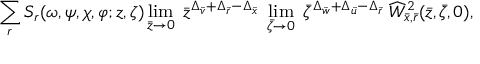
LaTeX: \sum _ { r } S _ { r } ( \omega , \psi , \chi , \varphi ; z , \zeta ) \operatorname * { l i m } _ { \bar { z } \rightarrow 0 } \; \bar { z } ^ { \Delta _ { \bar { v } } + \Delta _ { \bar { r } } - \Delta _ { \bar { x } } } \; \operatorname * { l i m } _ { \bar { \zeta } \rightarrow 0 } \; \bar { \zeta } ^ { \Delta _ { \bar { w } } + \Delta _ { \bar { u } } - \Delta _ { \bar { r } } } \; \widehat { W } _ { \bar { x } , \bar { r } } ^ { 2 } ( \bar { z } , \bar { \zeta } , 0 ) ,